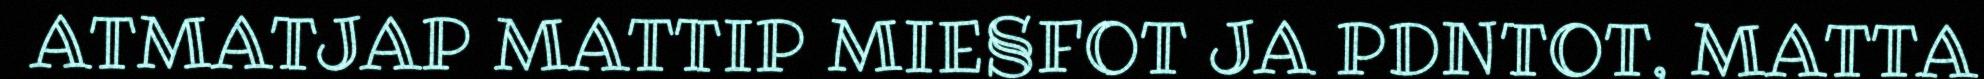
ATMATJAP MATTIP MIE§FOT JA PDNTOT, MATTA